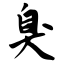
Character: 臭